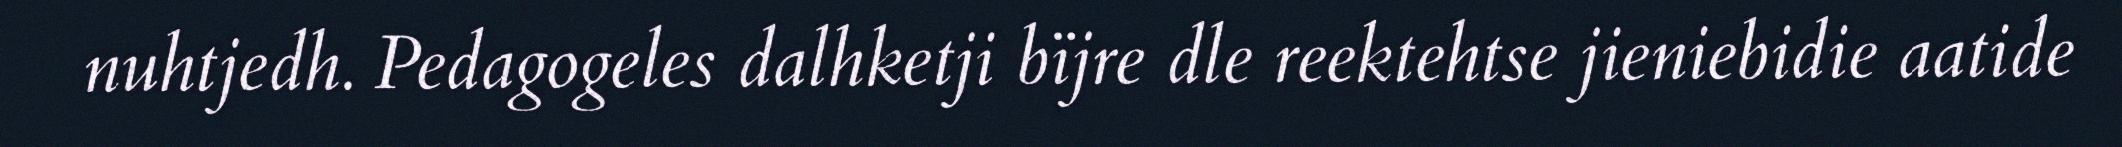
nuhtjedh. Pedagogeles dalhketji bïjre dle reektehtse jieniebidie aatide